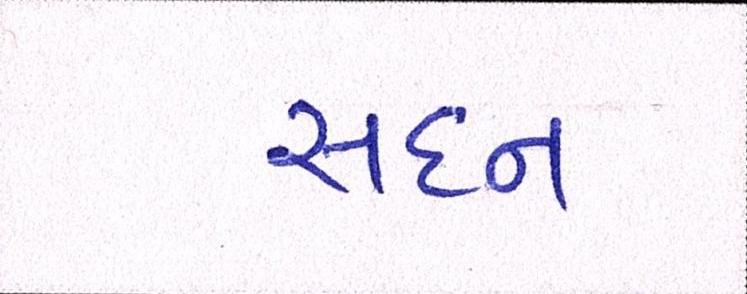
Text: સદન